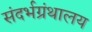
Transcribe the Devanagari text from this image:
संदर्भग्रंथालय